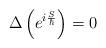
LaTeX: \begin{align*} \Delta \left(e^{i\frac{S}{\hbar}}\right) = 0\end{align*}